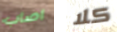
اصاب كلا